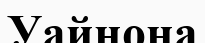
Уайнона